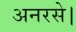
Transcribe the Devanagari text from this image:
अनरसे।